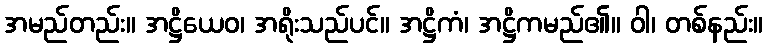
အမည်တည်း။ အဋ္ဌိယေဝ၊ အရိုးသည်ပင်။ အဋ္ဌိကံ၊ အဋ္ဌိကမည်၏။ ဝါ၊ တစ်နည်း။